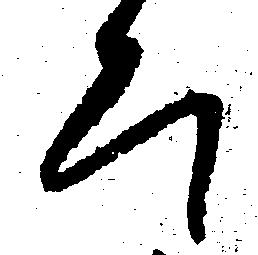
ひ